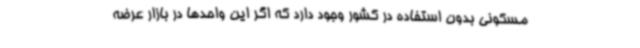
مسکونی بدون استفاده در کشور وجود دارد که اگر این واحدها در بازار عرضه